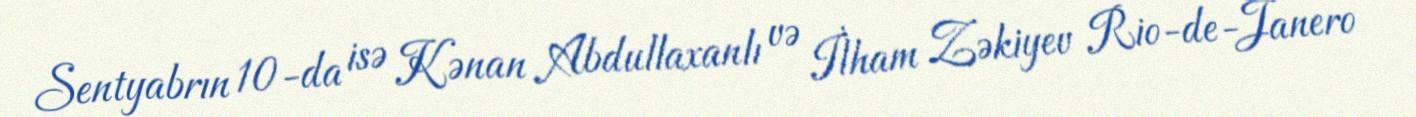
Sentyabrın 10-da isə Kənan Abdullaxanlı və İlham Zəkiyev Rio-de-Janero